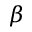
\beta